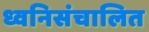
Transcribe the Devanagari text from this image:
ध्वनिसंचालित